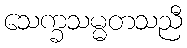
သေက္ခသမ္မတသညီ